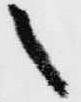
之